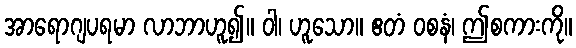
အာရောဂျပရမာ လာဘာဟူ၍။ ဝါ၊ ဟူသော။ ဧတံ ဝစနံ၊ ဤစကားကို။